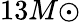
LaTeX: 13M{\odot}